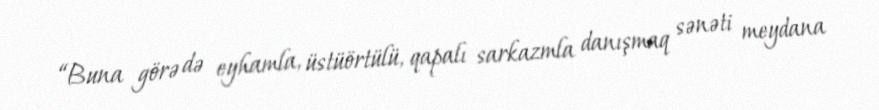
“Buna görə də eyhamla, üstüörtülü, qapalı sarkazmla danışmaq sənəti meydana